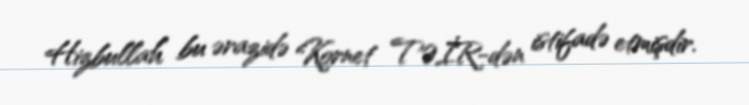
Hizbullah bu ərazidə Kornet TƏİR-dən istifadə etmişdir.